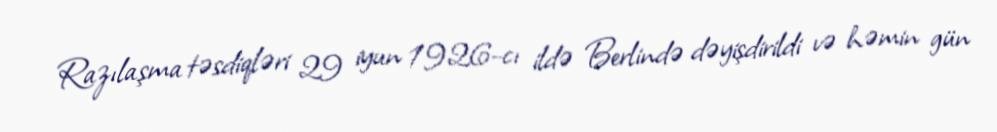
Razılaşma təsdiqləri 29 iyun 1926-cı ildə Berlində dəyişdirildi və həmin gün